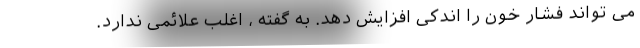
می تواند فشار خون را اندکی افزایش دهد. به گفته ، اغلب علائمی ندارد.